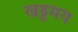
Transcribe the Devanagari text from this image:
खड्डमय